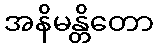
အနိမန္တိတော